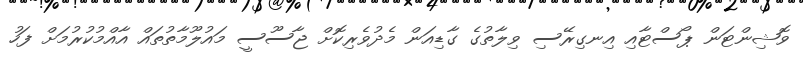
ވޮޝިންޓަން ޕޯސްޓާއި އިނގިރޭސި ވިލާތުގެ ގާޑިއަން މެދުވެރިކޮށް ޖާސޫސީ މައުލޫމާތުތައް އާއްމުކުރުމަށް ފަހު